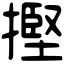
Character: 摼